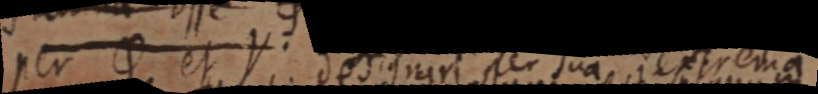
per φ et Y. designari per sua extrema